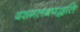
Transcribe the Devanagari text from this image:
दशमलवपद्धति